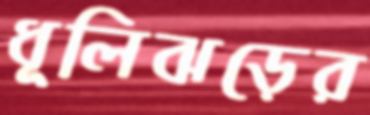
ধূলিঝড়ের